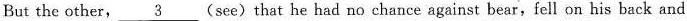
But the other, 3 (see)that he had no chance against bear,fell on his back and